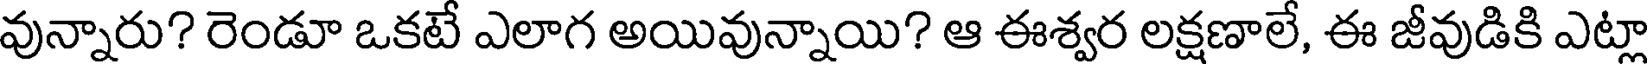
వున్నారు? రెండూ ఒకటే ఎలాగ అయివున్నాయి? ఆ ఈశ్వర లక్షణాలే, ఈ జీవుడికి ఎట్లా